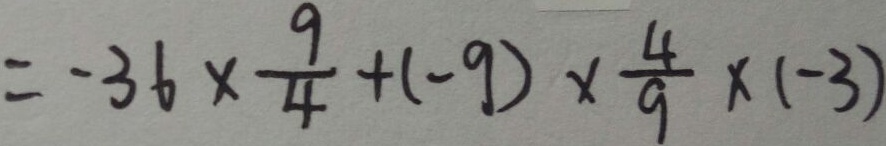
= - 3 6 \times \frac { 9 } { 4 } + ( - 9 ) \times \frac { 4 } { 9 } \times ( - 3 )